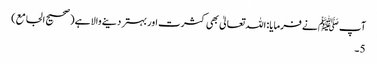
آپ ﷺنے فرمایا: اللہ تعالیٰ بھی کثرت اور بہتر دینے والا ہے (صحیح الجامع)
5۔